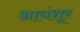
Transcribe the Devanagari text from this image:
आयंशूर